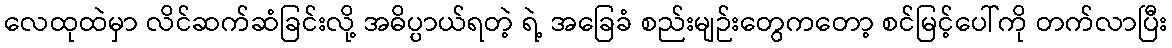
လေထုထဲမှာ လိင်ဆက်ဆံခြင်းလို့ အဓိပ္ပာယ်ရတဲ့ ရဲ့ အခြေခံ စည်းမျဉ်းတွေကတော့ စင်မြင့်ပေါ်ကို တက်လာပြီး